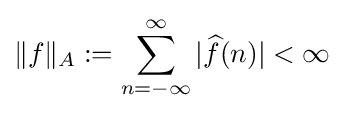
\|f\|_{A}:=\sum _{n=-\infty }^{\infty }|{\widehat {f}}(n)|<\infty